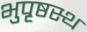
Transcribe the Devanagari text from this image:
भुपृष्ठस्थ